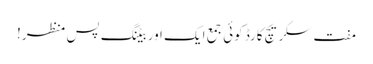
مفت سکریچ کارڈ کوئی جمع ایک اور بیٹنگ پس منظر!